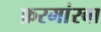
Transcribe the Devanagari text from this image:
फ़रमांरवा